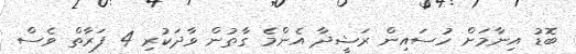
ބޮޑު އިނާމަށް ހުސައިން ރަޝީދާ އެންމެ ގާތުން ވާދަކުރި 4 ފަރާތް ވެސް